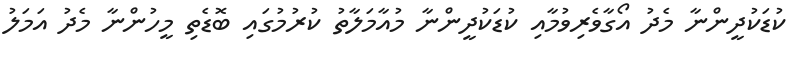
ކުޑަކުދީންނާ މެދު އޯގާވެރިވުމާއި ކުޑަކުދީންނާ މުއާމަލާތު ކުރުމުގައި ބޮޑެތި މީހުންނާ މެދު އަމަލު